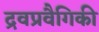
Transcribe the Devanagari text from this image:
द्रवप्रवैगिकी